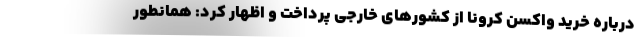
درباره خرید واکسن کرونا از کشورهای خارجی پرداخت و اظهار کرد: همانطور